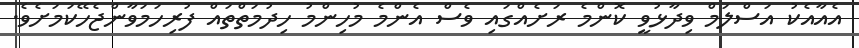
އެއާއެކު އަސްލަމް ވިދާޅުވީ ކޮންމެ ރަށެއްގައި ވެސް އެންމެ މުހިންމު ހިދުމަތްތައް ފުރިހަމަވާންޖެހޭކަމަށެވެ.